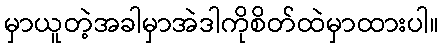
မှာယူတဲ့အခါမှာအဲဒါကိုစိတ်ထဲမှာထားပါ။